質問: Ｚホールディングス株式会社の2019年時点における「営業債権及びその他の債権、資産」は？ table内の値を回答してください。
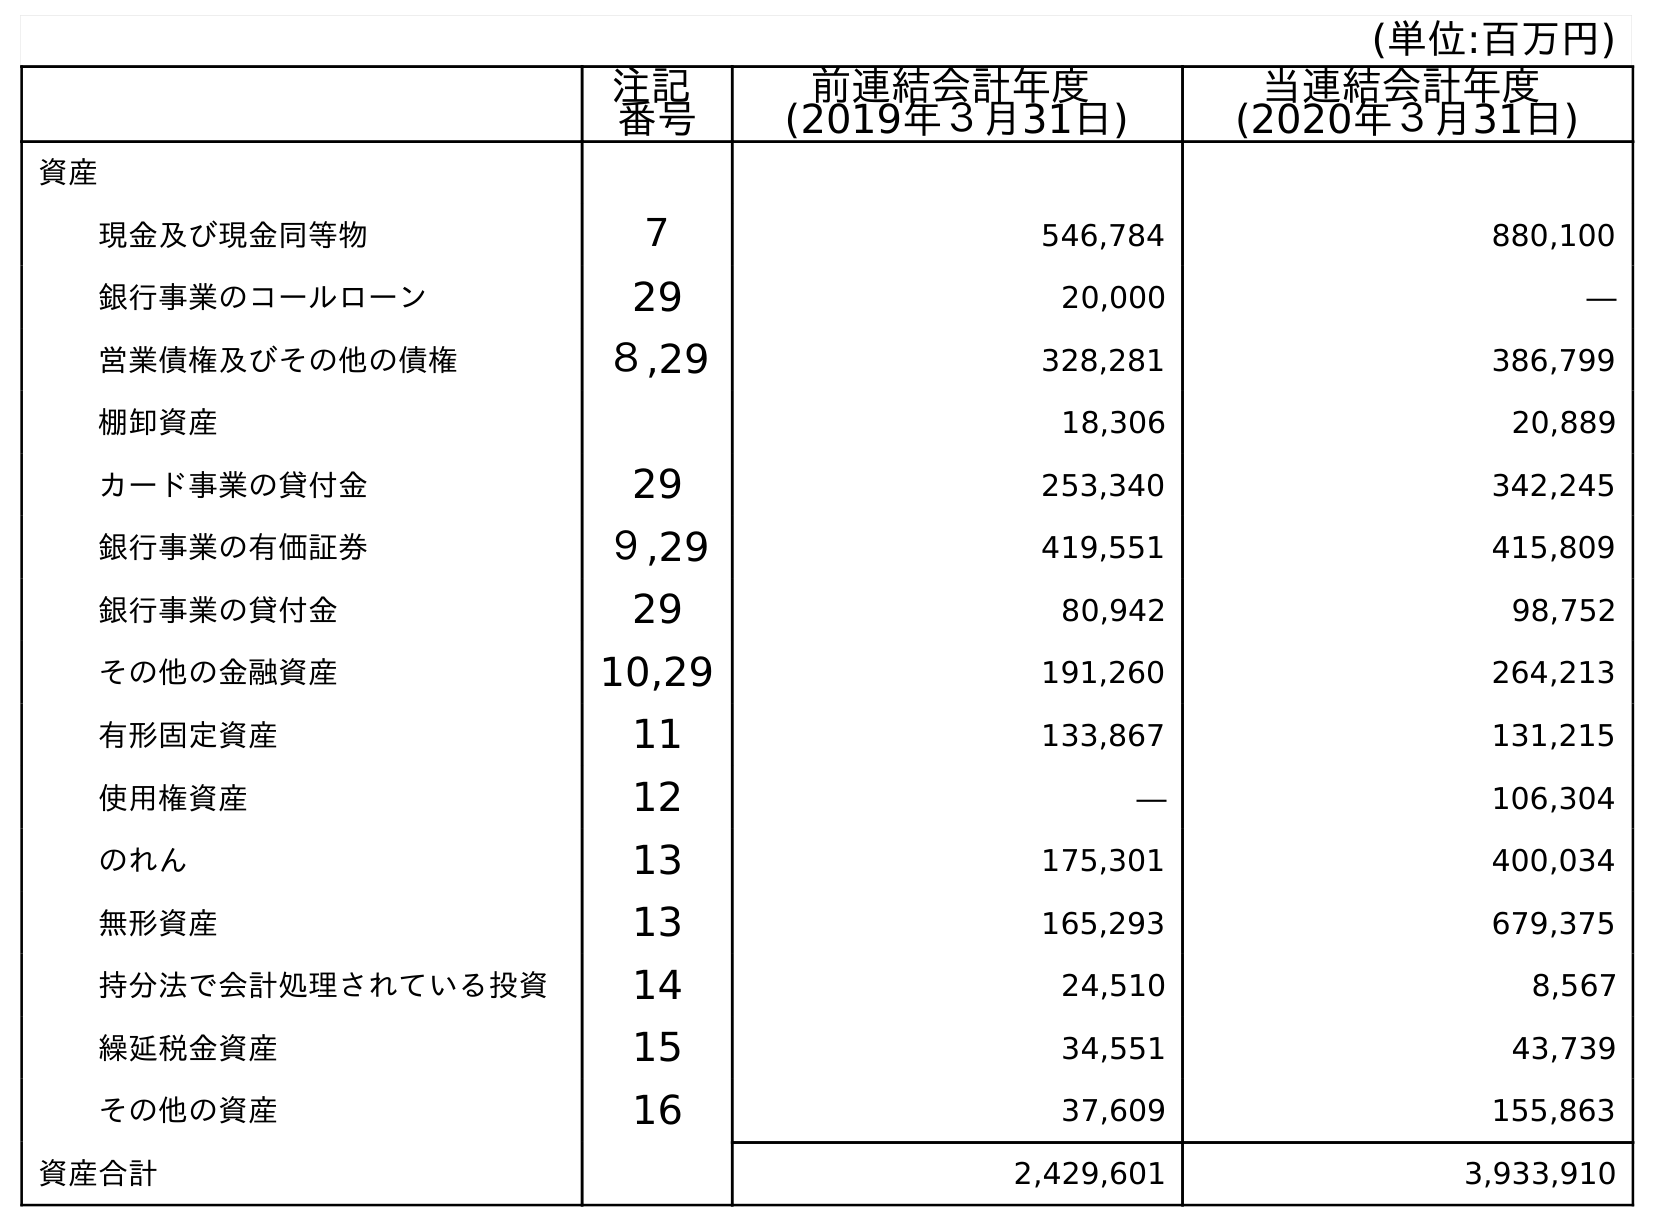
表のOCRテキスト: (単位:百万円) 注記 番号 前連結会計年度 (2019年３月31日) 当連結会計年度 (2020年３月31日) 資産 現金及び現金同等物 ７ 546,784 880,100 銀行事業のコールローン 29 20,000 ― 営業債権及びその他の債権 ８,29 328,281 386,799 棚卸資産 18,306 20,889 カード事業の貸付金 29 253,340 342,245 銀行事業の有価証券 ９,29 419,551 415,809 銀行事業の貸付金 29 80,942 98,752 その他の金融資産 10,29 191,260 264,213 有形固定資産 11 133,867 131,215 使用権資産 12 ― 106,304 のれん 13 175,301 400,034 無形資産 13 165,293 679,375 持分法で会計処理されている投資 14 24,510 8,567 繰延税金資産 15 34,551 43,739 その他の資産 16 37,609 155,863 資産合計 2,429,601 3,933,910
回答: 328,281